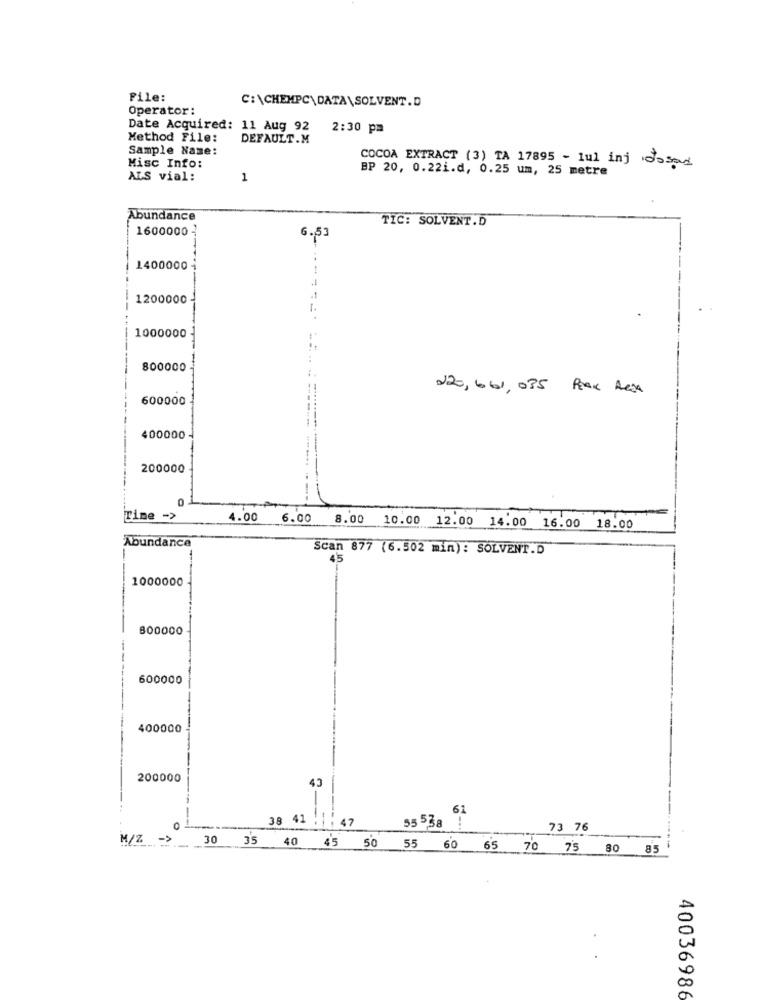
File:
Operator:
C:\CHEMPC\DATA\SOLVENT.D
Date Acquired: 11 Aug 92
2:30 pm
Method File:
DEFAULT.M
Sample Name:
COCOA EXTRACT (3) TA 17895 - 1ul inj dosad
Misc Info:
BP 20, 0.22i.d, 0.25 um, 25 metre
ALS vial:
1
Abundance
TIC: SOLVENT.D
1600000
6.53
1400000
---
1200000
1000000
800000
220, 661, 075 Reak Resa
600000
400000
----------
200000
Time ->
4.00 6.00
8.00 10.00 12.00 14.00 16.00 18.00
Abundance
Scan 877 (6.502 min): SOLVENT.D
45
1000000
800000
600000
400000
200000
43
38 41
61
0
1: 47
55 538 !
73 76
M/Z -> 30 35 40 45 50 55 60 65 70 75 80 85
40036986